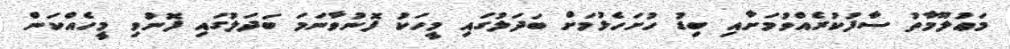
މަޢުލޫމާތު ސާފުކުރެއްވުމަށާއި ބިޑު ހުށަހެޅުމަށް ބަދަލުގައި މީހަކު ފޮނުވާނަމަ ބަދަލުގައި ފޮނުވި މީހެއްކަން